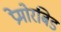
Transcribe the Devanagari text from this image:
प्रेमोरबिड